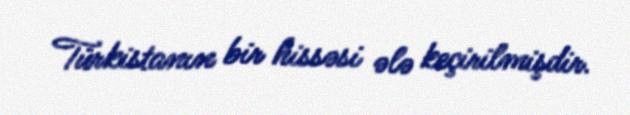
Türkistanın bir hissəsi ələ keçirilmişdir.